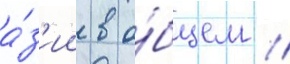
а́з'ии в о́бщем //